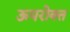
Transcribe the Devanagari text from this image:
ऊपरोक्त